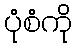
ပုံစံကို